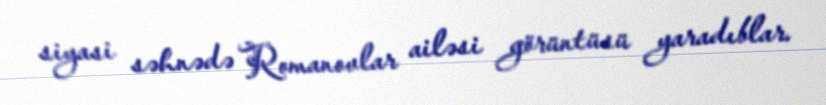
siyasi səhnədə Romanovlar ailəsi görüntüsü yaradıblar.